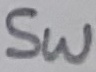
Text: SW